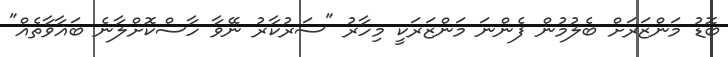
ބޮޑު މަންޒަރަށް ބެލުމުން ފެންނަ މަންޒަރަކީ މިހާރު "ސަރުކާރު ނޭވާ ހާސްކޮށްލާނެ ބަޣާވާތެއް"